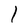
Character: l